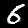
Digit: 6